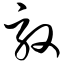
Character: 驭